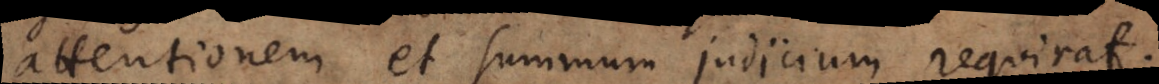
attentionem et summum judicium requirat.